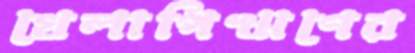
খেলাপিঋণের